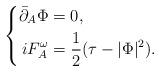
\begin{align*}\left\{\begin{aligned}\bar\partial_A\Phi &=0,\\iF_{A}^{\omega} &=\frac12(\tau-|\Phi|^2).\end{aligned}\right.\end{align*}